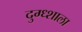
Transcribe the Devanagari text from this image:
दुग्ध्शाला